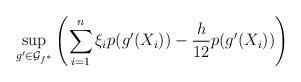
LaTeX: \begin{align*}\sup\limits_{g' \in\mathcal{G}_{f^{*}}}\left(\sum\limits_{i = 1}^{n}\xi_{i}p(g'(X_{i})) - \frac{h}{12}p(g'(X_i))\right)\end{align*}